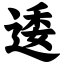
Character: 逶